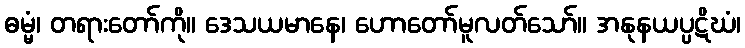
ဓမ္မံ၊ တရားတော်ကို။ ဒေသယမာနေ၊ ဟောတော်မူလတ်သော်။ အနုနယပ္ပဋိဃံ၊